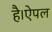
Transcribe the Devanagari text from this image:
है।ऐपल